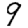
Digit: 9